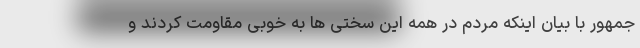
جمهور با بیان اینکه مردم در همه این سختی ها به خوبی مقاومت کردند و